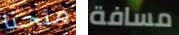
منحنا مسافة